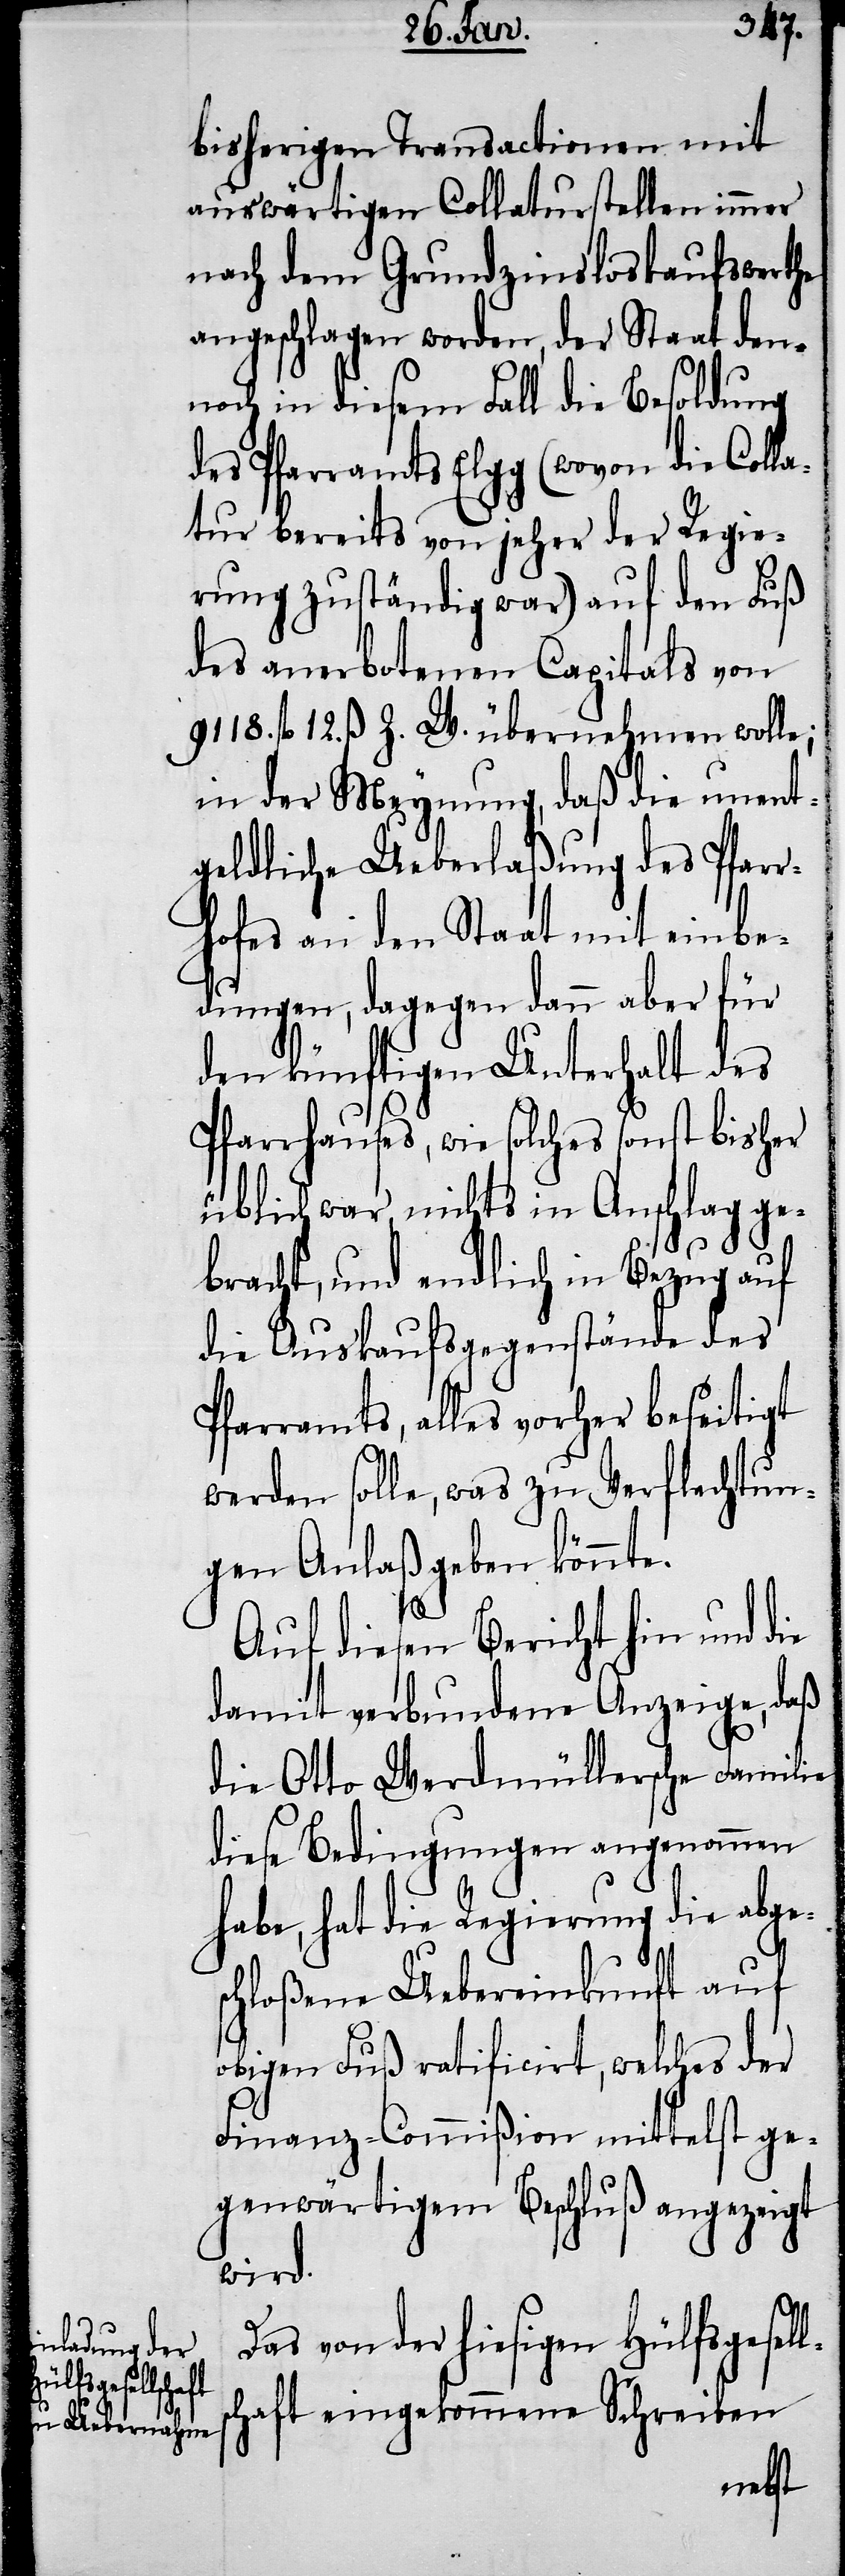
lsc¬

bisherigen Transactionen mit
auswärtigen Collaturstellen immer
nach dem Grundzinsloskaufswerthe
angeschlagen worden, der Staat den¬
noch in diesem Fall die Besoldung
des Pfarramts Elgg (wovon die Coll¬
atur bereits von jeher der Regie¬
rung zuständig war) auf den Fuß
des anerbotenen Capitals von
9118. fl. 12. ß. Z. V. übernehmen wolle;
in der Meynung, daß die unent¬
geldliche Ueberlaßung des Pfar¬
rhofes an den Staat mit einbe¬
dungen, dagegen dann aber für
den künftigen Unterhalt des
Pfarrhauses, wie solches sonst bisher
üblich war, nichts in Anschlag ge¬
bracht, und endlich in Bezug auf
die Auskaufsgegestände des
Pfarramts, alles vorher beseitigt
werden solle, was zu Verflechtun¬
gen Anlaß geben könnte.
Auf diesen Bericht hin und die
damit verbundene Anzeige, daß
die Otto Werdmüllersche Familie
diese Bedingungen angenommen
habe, hat die Regierung die abge¬
schloßene Uebereinkunft auf
obigen Fuß ratificirt, welches der
Finanz-Commißion mittelst ge¬
genwärtigem Beschluß angezeigt
wird.
Das von der hiesigen Hülfsgesel¬
haft eingekommene Schreiben